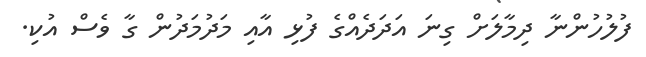
ފުލުހުންނާ ދިމާލަށް ގިނަ އަދަދެއްގެ ފުޅި އާއި މަދުމަދުން ގާ ވެސް އުކި.